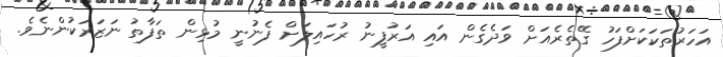
އަހަރުތަކަކަށްފަހު ގޭތެރެއަށް ވަދެގެން އައި އަރުފީނު ރުހައިލަށް ފެނުނީ މުޅިން ތަފާތު ނަޒަރަކުންނެވެ.